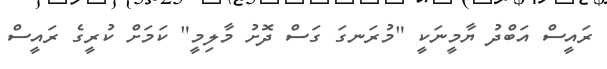
ރައީސް އަބްދު ޔާމީނަކީ "މުރަނގަ ގަސް ދޮށު މާލިމީ" ކަމަށް ކުރީގެ ރައީސް